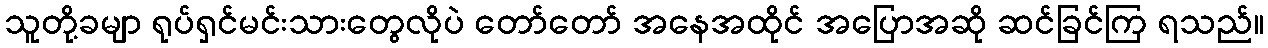
သူတို့ခမျာ ရုပ်ရှင်မင်းသားတွေလိုပဲ တော်တော် အနေအထိုင် အပြောအဆို ဆင်ခြင်ကြ ရသည်။